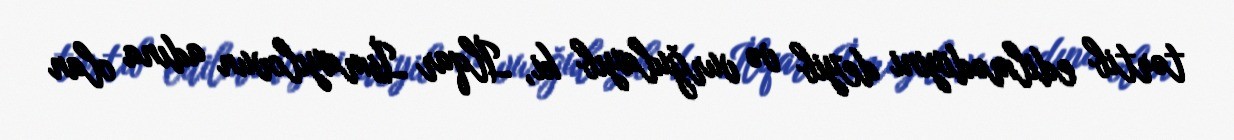
tərtib edilmədiyini deyib və vurğulayıb ki, İlqar İsmayılovun adına olan